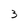
Character: 3